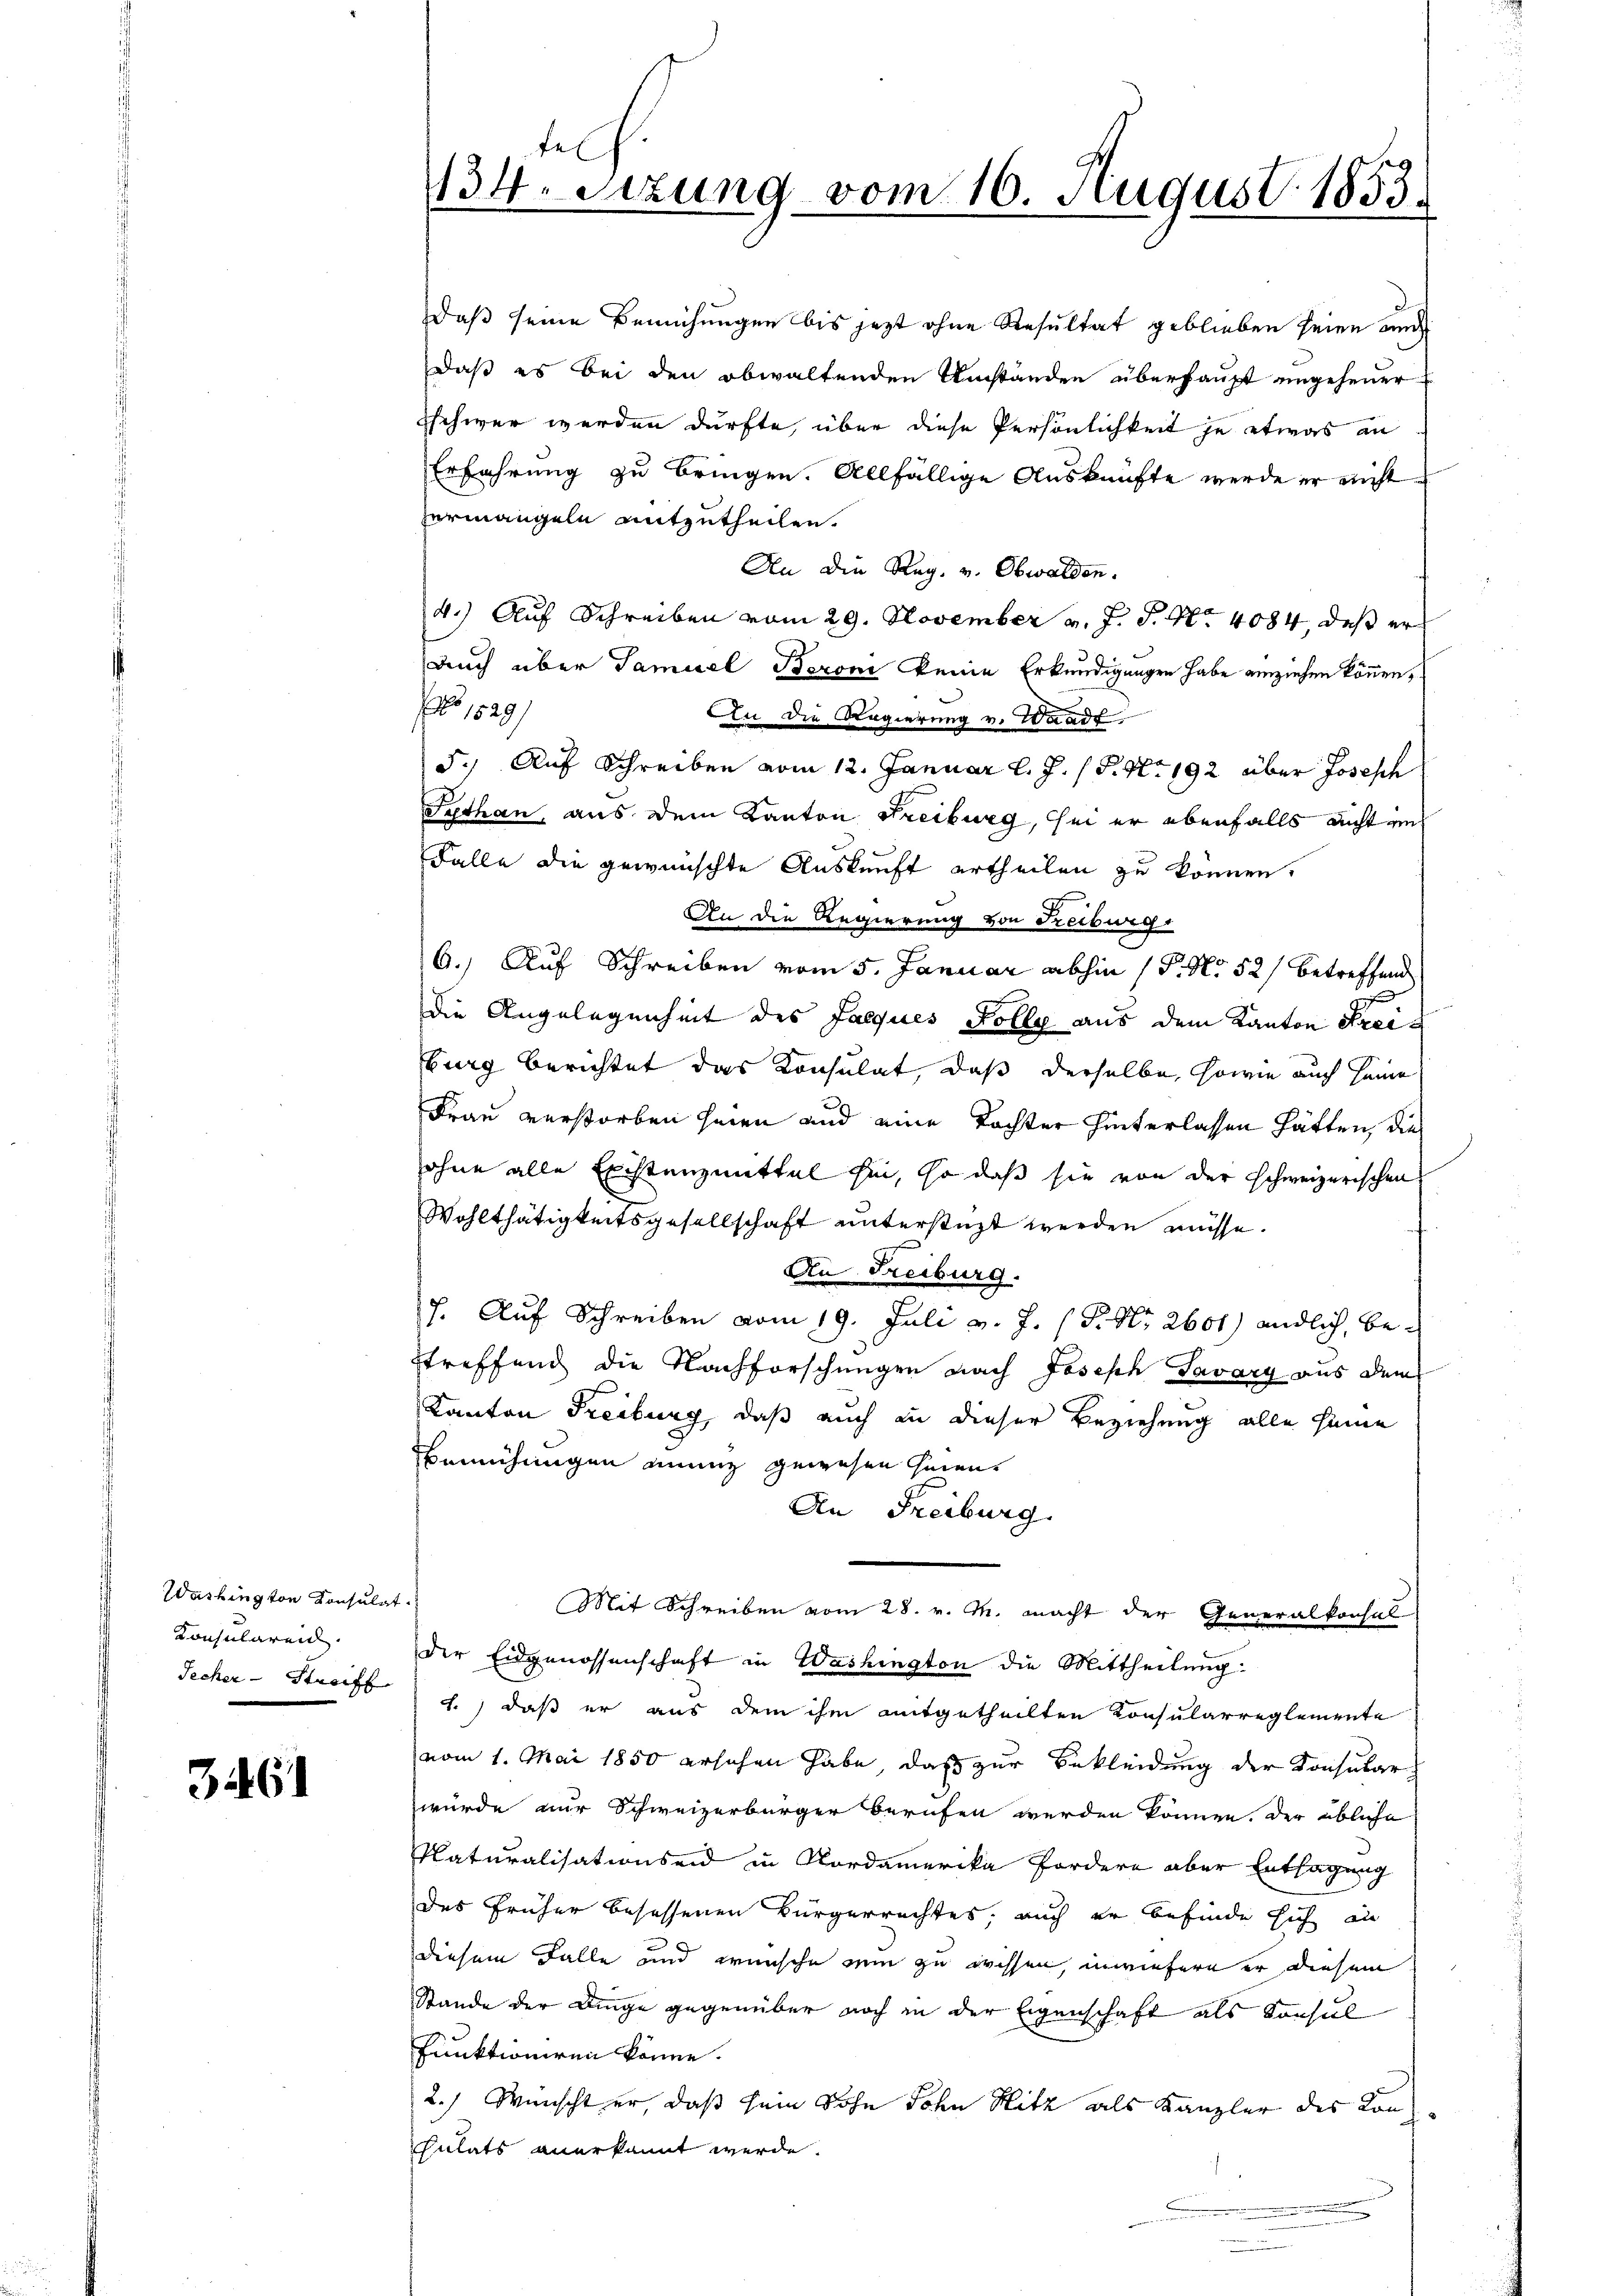
Washington Konsulat
Konsularen.
Techer - Streiff

344. 61

fe
134. Sitzung vom 16. August 1853.

daß seine Bemühungen bis jezt ohne Resultat geblieben seien und
daß es bei den obwaltenden Umständen überhaupt ungehener
Eschwer werden dürfte, über diese Persönlichkeit je etwas an
Erfahrung zu bringen. Allfällige Auskünfte werde er nicht
zermangeln mitzutheilen.
An die Reg. v. Obwalden.
4.) Auf Schreiben vom 29. November v. J. P. Nr. 4084, daß er
auch über Samuel Beroni keine Erkundigungen habe einziehen können,
No 1529/
An die Regierung v. Waadt,
5.) Auf Schreiben vom 12. Januar l. J. P. Nr. 192 über Joseph
Sythan, aus dem Kanton Freiburg, sei er ebenfalls nicht mich
Falle die gewünschte Auskunft ertheilen zu können.
An die Regierung von Freiburg
6.) Auf Schreiben vom 5. Januar abhin (P. No 52) betreffend
die Angelegenheit des Jacques Folle aus dem Kanton Streiburg berichtet das Konsulat, daß derselbe, sowie auch seine
Frau verstorben seien und eine Tochter hinterlassen hätten, die
ohne alle Existenzmittel hin, so daß sie von der schweizerischen
Wohlthätigkeitsgesellschaft unterstüzt werden müsse.
An Freiburg.
17. Auf Schreiben vom 19. Juli v. J. (T. N. 2601) endlich, bestreffend die Nachforschungen nach Joseph Savary aus dem
Kanton Freiburg, daß auch an dieser Beziehung alle seine
Bemühungen innig gewesen seien.
An Freiburg.
Mit Schreiben vom 28. v. M. macht der Generalkonsul
der Eidgenossenschaft in Washington die Mittheilung:
1.) daß er aus dem ihm mitgetheilten Konsularreglemente
vom 1. Mai 1850 erschen habe, daß zur Bekleidung der Konsular
würde nur Schweizerbürger berufen werden können. Der übliche
Platuralisationseid in Nordamerika Fordere aber Entsagung
des früher besessenen Bürgerrechtes, auch er befinde sich in
diesem Falle und wünsche nun zu wissen, inwiefern er diesem
Stande der Dinge gegenüber noch in der Eigenschaft als Konsul
funktioniren könne.
2.) Wünscht er, daß sein Sohn den Sitz als Kanzler des Konsulats anerkannt werde.